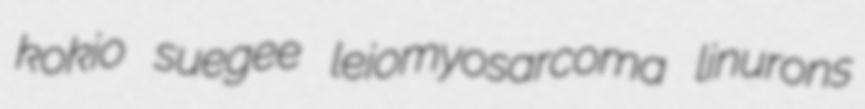
kokio suegee leiomyosarcoma linurons